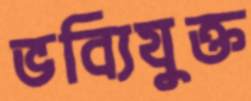
ভব্যিযুক্ত